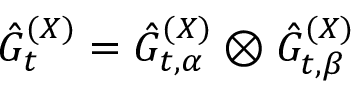
\hat { G } _ { t } ^ { ( X ) } = \hat { G } _ { t , \alpha } ^ { ( X ) } \otimes \hat { G } _ { t , \beta } ^ { ( X ) }